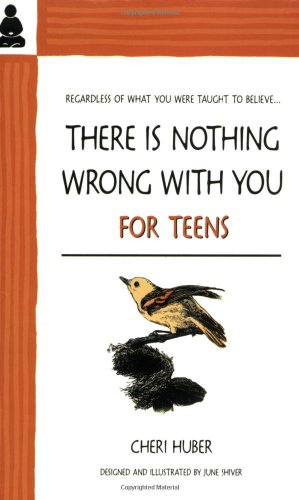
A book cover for There Is Nothing Wrong With You for Teens; Cheri Huber; Teen & Young Adult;